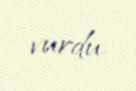
vurdu.